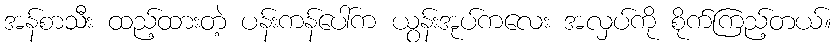
အန်စာသီး ထည့်ထားတဲ့ ပန်းကန်ပေါ်က ယွန်းအုပ်ကလေး အလှပ်ကို စိုက်ကြည့်တယ်။